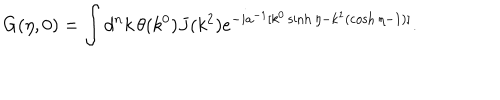
G ( \eta , 0 ) = \int d ^ { n } k \, \theta ( k ^ { 0 } ) J ( k ^ { 2 } ) e ^ { - i a ^ { - 1 } [ k ^ { 0 } \sinh \eta - k ^ { 1 } ( \cosh \eta - 1 ) ] } .